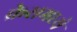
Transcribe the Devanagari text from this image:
क्रेसमध्ये